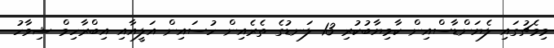
މިމެޗުގައި ލެޔަންޑާސްއިން ކާމިޔާބުކުރި 13 ލަނޑުގެ ތެރެއިން ހުސައިން އަލީއާއި އިބްރާހިމް ޝިވާހު